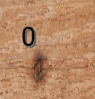
0